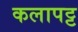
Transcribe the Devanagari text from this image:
कलापट्ट